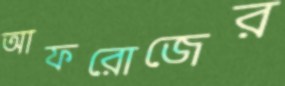
আফরোজের